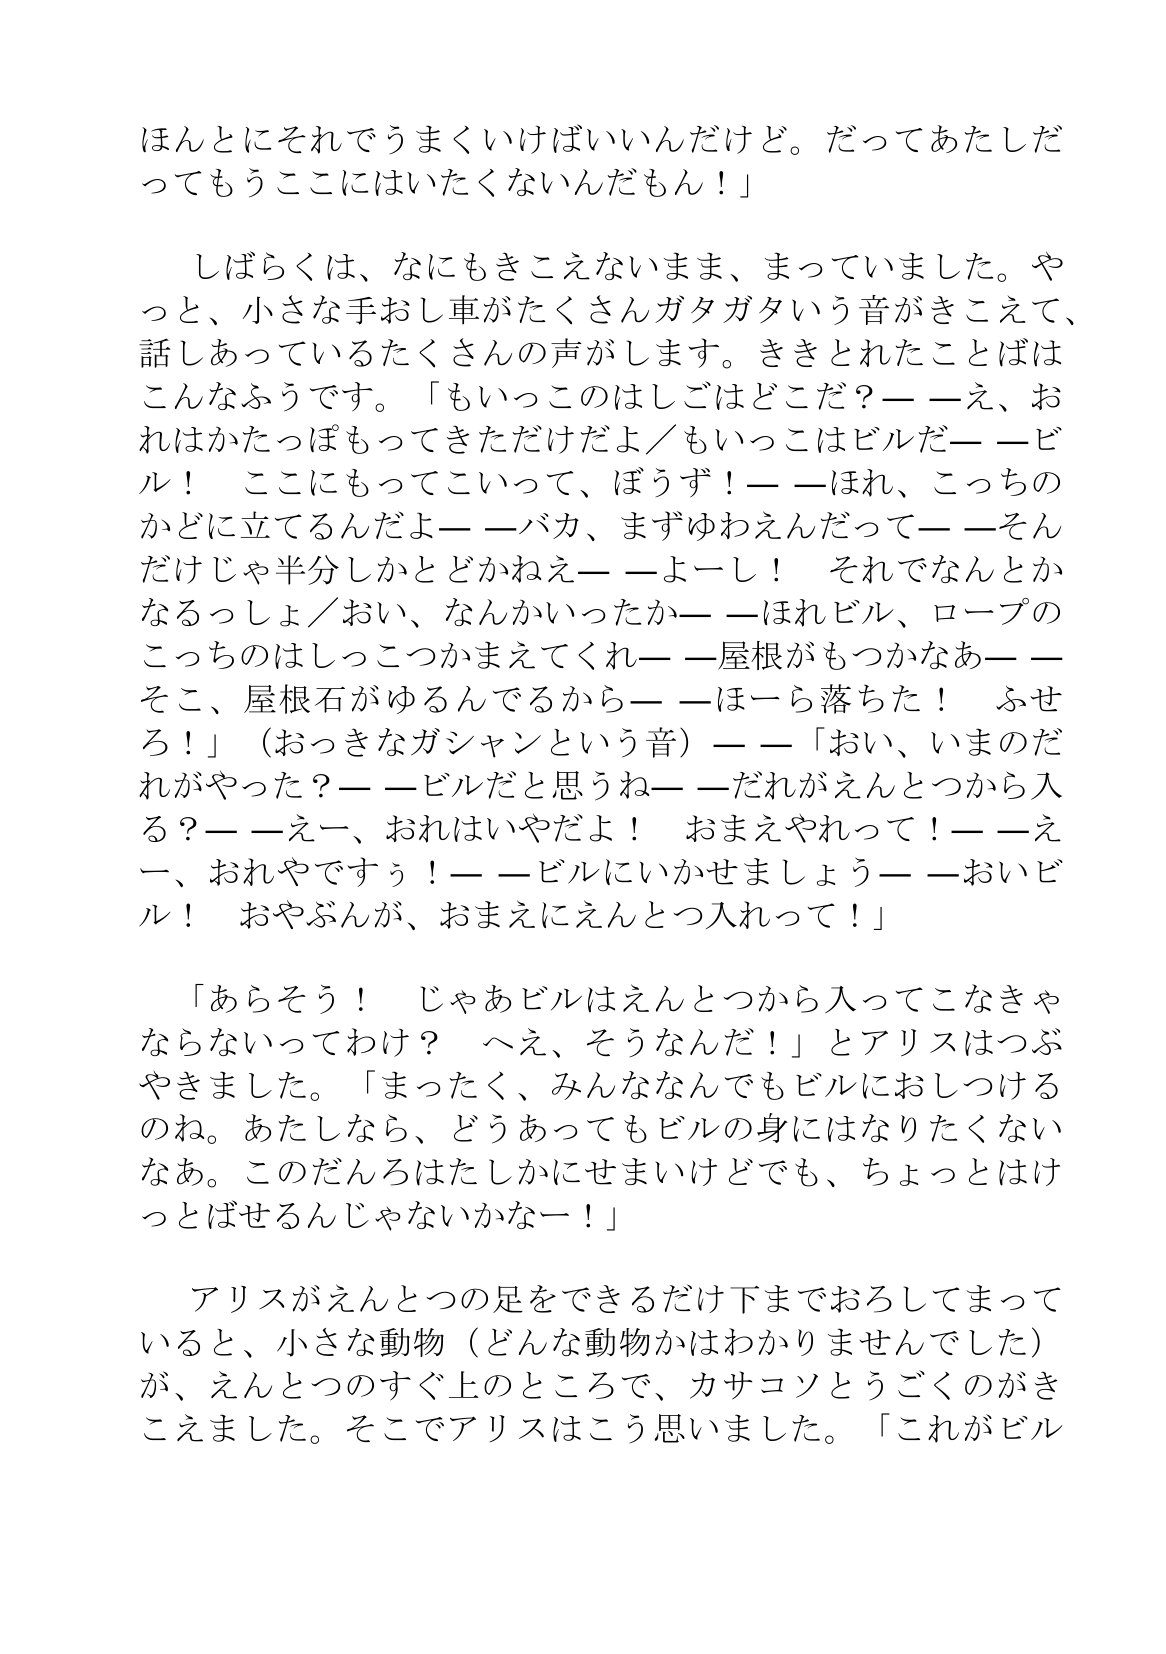
Language: ja